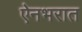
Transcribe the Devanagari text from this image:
ऐनभरात